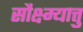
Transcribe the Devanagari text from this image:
सौक्ष्म्यात्तु